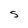
Character: S